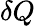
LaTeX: \delta Q